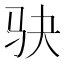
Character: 𫘝